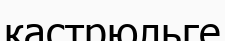
кастрюльге